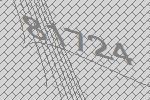
81724